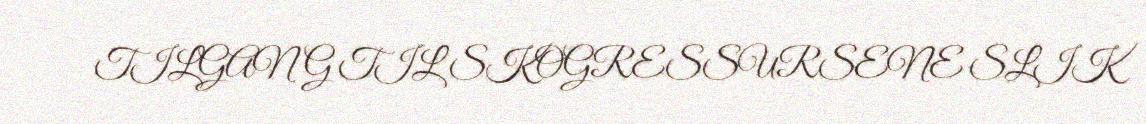
TILGANG TIL SKOGRESSURSENE SLIK